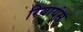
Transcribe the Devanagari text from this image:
रियायंस